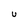
Character: U